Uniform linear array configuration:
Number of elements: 16
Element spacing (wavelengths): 0.25
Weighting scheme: kaiser
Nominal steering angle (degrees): -30
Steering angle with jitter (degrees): -31.73
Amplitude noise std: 0.05
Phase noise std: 0.05

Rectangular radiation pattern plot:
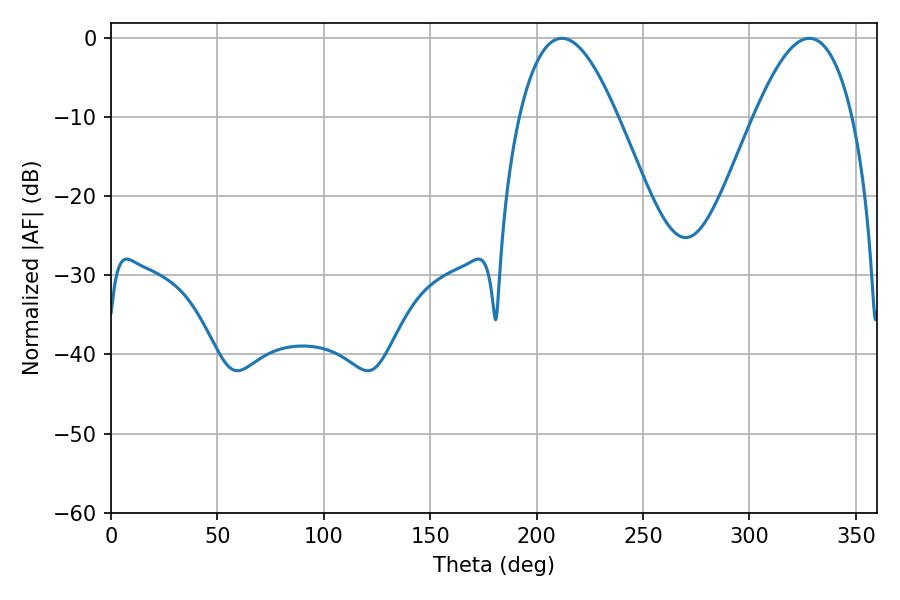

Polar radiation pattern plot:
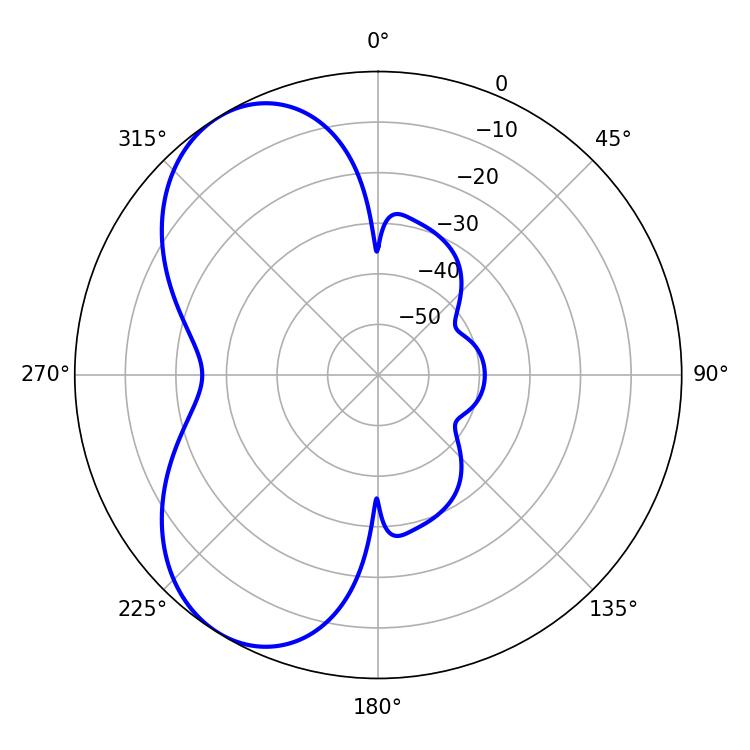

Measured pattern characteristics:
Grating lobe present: FALSE
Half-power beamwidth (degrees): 25.2
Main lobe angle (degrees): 211.86